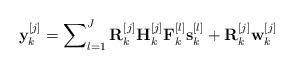
LaTeX: \begin{align*}{\mathbf{y}}_k^{[j]} = \sum\nolimits_{l = 1}^J { {\mathbf{R}}_k^{[j]} {\mathbf{H}}_k^{[j]}{\mathbf{F}}_k^{[l]}{\mathbf{s}}_k^{[l]}} + {\mathbf{R}}_k^{[j]}{\mathbf{w}}_k^{[j]}\end{align*}